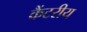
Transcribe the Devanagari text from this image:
कैंटरीय